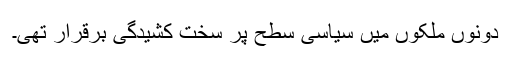
دونوں ملکوں میں سیاسی سطح پر سخت کشیدگی برقرار تھی۔